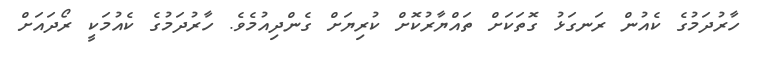
ހާރުދަމުގެ ކެއުން ރަނގަޅު ގޮތަކަށް ތައްޔާރުކޮށް ކުރިޔަށް ގެންދިއުމެވެ. ހާރުދަމުގެ ކެއުމަކީ ރޯދައަށް